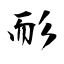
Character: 耏